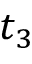
t _ { 3 }